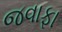
જવાફા